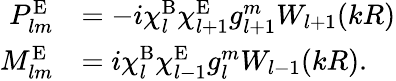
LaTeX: \begin{array}{rl}{P_{lm}^{\mathrm{E}}}&{=-i\chi_{l}^{\mathrm{B}}\chi_{l+1}^{\mathrm{E}}g_{l+1}^{m}W_{l+1}(kR)}\\ {M_{lm}^{\mathrm{E}}}&{=i\chi_{l}^{\mathrm{B}}\chi_{l-1}^{\mathrm{E}}g_{l}^{m}W_{l-1}(kR).}\end{array}